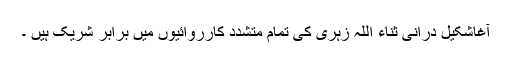
آغاشکیل دُرانی ثناء اللہ زہری کی تمام متشدد کارروائیوں میں برابر شریک ہیں ۔